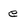
Character: e